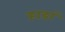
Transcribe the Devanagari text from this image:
हाडां